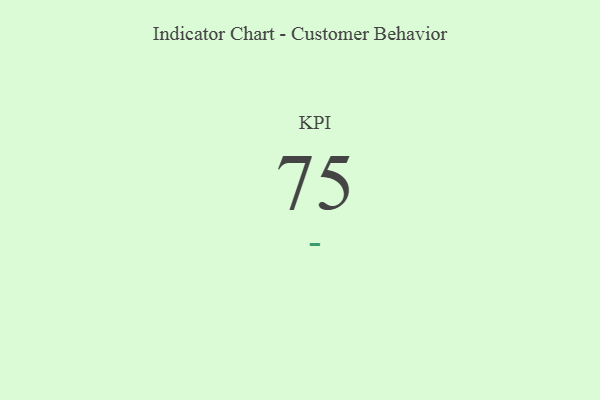
{"axis": {"x": "KPI", "y": "Value"}, "legend": [""], "data": [{"x": "KPI", "y": 75, "type": ""}]}